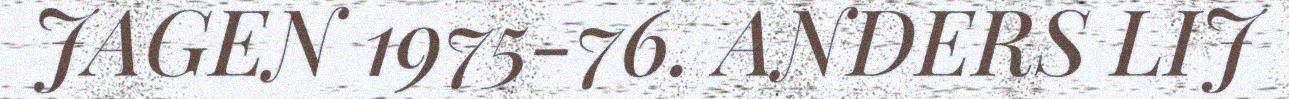
JAGEN 1975-76. ANDERS LIJ